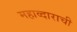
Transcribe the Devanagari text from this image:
महाव्दाराची